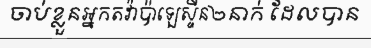
ចាប់ខ្លួនអ្នកតវ៉ាប៉ាឡេស្ទីន២នាក់ ដែលបាន